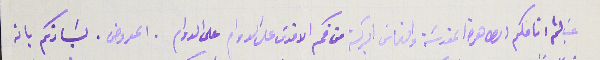
غب لثم انامكم الطاهرة المقدسَة والتماسَ البركة من فمكم  الاقدس على الدوام. المعروض لسَيادتكم بانه